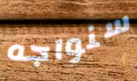
سنواجه